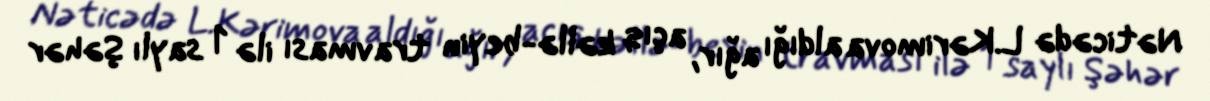
Nəticədə L.Kərimova aldığı ağır, açıq kəllə-beyin travması ilə 1 saylı Şəhər